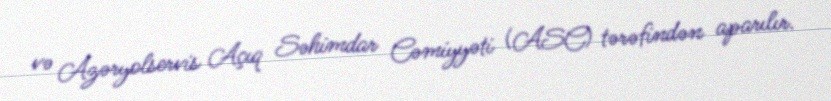
və Azəryolservis Açıq Səhimdar Cəmiyyəti (ASC) tərəfindən aparılır.